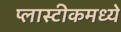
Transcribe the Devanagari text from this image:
प्लास्टीकमध्ये